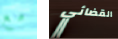
مع القضائي